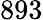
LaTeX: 893